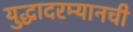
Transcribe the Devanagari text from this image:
युद्धादरम्यानची